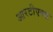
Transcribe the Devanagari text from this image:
आरटीएक्स